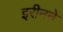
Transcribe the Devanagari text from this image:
इरीनने